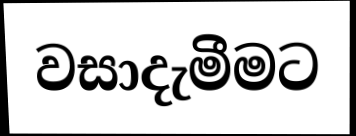
වසාදැමීමට